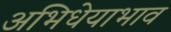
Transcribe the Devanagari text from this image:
अभिधेयाभाव